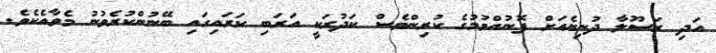
އަދި ރަސޫލާ ދުނިޔެއަށް ފޮނުއްވުމުގެ ކުރިންވެސް ކަދުރަކީ އަރަބި ކަރައިގައި ބޭނުންކުރެވުނު މެވާއެކެވެ.